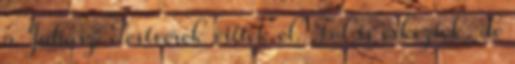
a Juhász Testvérek vitték el. Föl is érkeztek, de